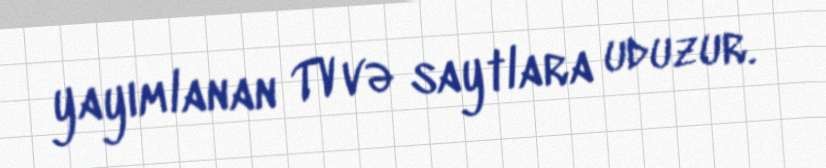
yayımlanan TV və saytlara uduzur.